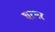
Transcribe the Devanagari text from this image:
घरभर